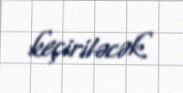
keçiriləcək.